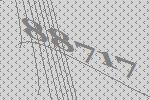
88717